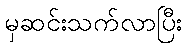
မှဆင်းသက်လာပြီး